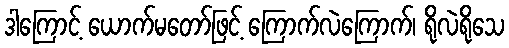
ဒါကြောင့် ယောက်မတော်ဖြင့် ကြောက်လဲကြောက်၊ ရိုလဲရိုသေ